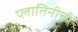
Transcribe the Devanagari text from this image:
प्लातिनीची